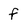
Character: f